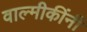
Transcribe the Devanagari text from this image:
वाल्मीकींनी